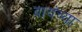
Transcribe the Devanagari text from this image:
वायंच्या